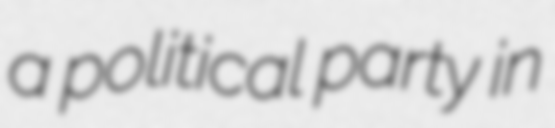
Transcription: a political party in